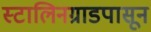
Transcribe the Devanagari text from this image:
स्टालिनग्राडपासून